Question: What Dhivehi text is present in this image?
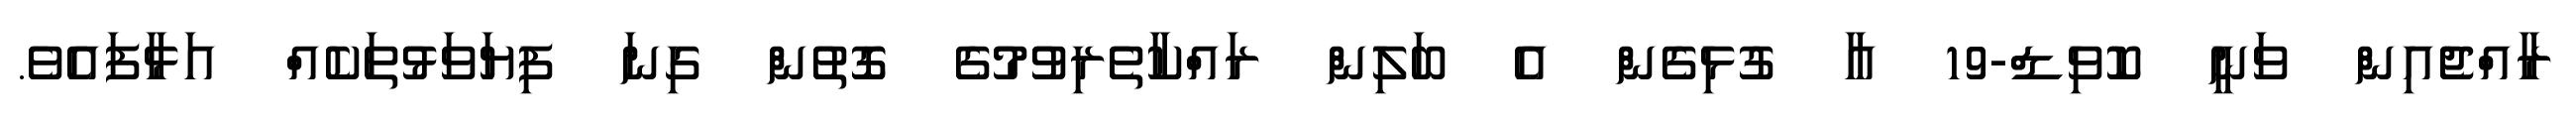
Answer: ރާއްޖެއިން ވަނީ ކޮވިޑް-19 އާ ގުޅިގެން އެ ބަލިން ރައްކާތެރިވުމުގެ ގޮތުން ގިނަ ފިޔަވަޅުތަކެއް އަޅާފައެވެ.